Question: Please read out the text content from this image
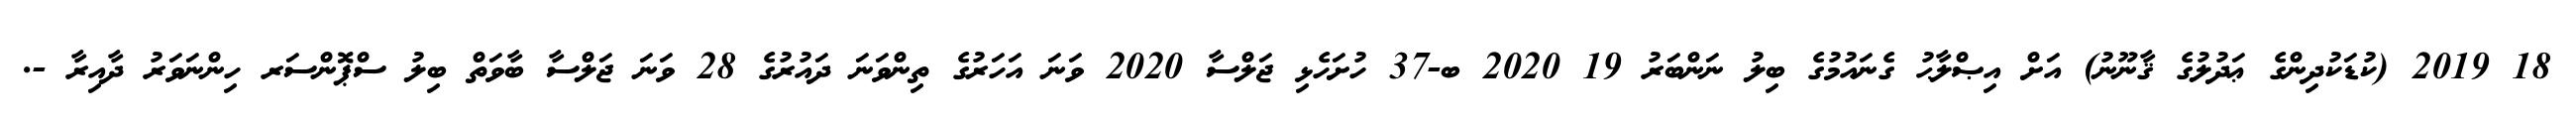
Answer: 18 2019 (ކުޑަކުދިންގެ ޢަދުލުގެ ޤާނޫނު) އަށް އިޞްލާޙު ގެނައުމުގެ ބިލު ނަންބަރު 19 2020 ބ-37 ހުށަހެޅި ޖަލްސާ 2020 ވަނަ އަހަރުގެ ތިންވަނަ ދައުރުގެ 28 ވަނަ ޖަލްސާ ބާވަތް ބިލު ސްޕޮންސަރ ހިންނަވަރު ދާއިރާ -.